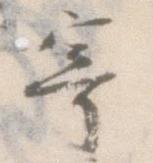
寄